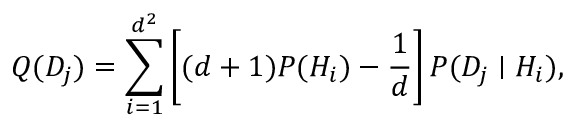
Q ( D _ { j } ) = \sum _ { i = 1 } ^ { d ^ { 2 } } \left[ ( d + 1 ) P ( H _ { i } ) - { \frac { 1 } { d } } \right] P ( D _ { j } \mid H _ { i } ) ,